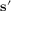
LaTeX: \mathbf { s } ^ { \prime }